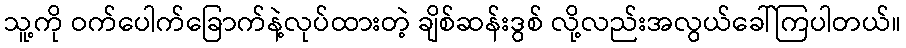
သူ့ကို ဝက်ပေါက်ခြောက်နဲ့လုပ်ထားတဲ့ ချိစ်ဆန်းဒွစ် လို့လည်းအလွယ်ခေါ်ကြပါတယ်။